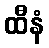
ထီနံ